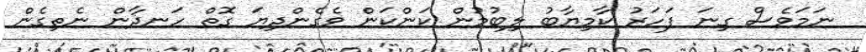
ނަމަވެސް ގިނަ ފަހަރު ކާމިޔާބު ލިބުމުން ކަންކަން ވެގެންދިޔަ ގޮތް ހަނދާން ނެތިގެން